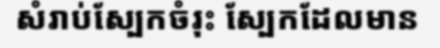
សំរាប់ស្បែកចំរុះ ស្បែកដែលមាន